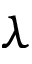
\lambda